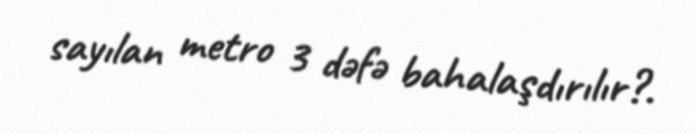
sayılan metro 3 dəfə bahalaşdırılır?.